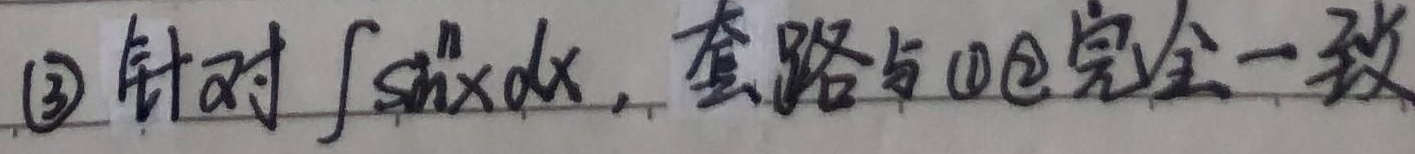
\textcircled{3} 针对\(\int \sin^{n}x\mathrm{d}x\)，套路与\textcircled{1}\textcircled{2}完全一致